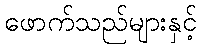
ဖောက်သည်များနှင့်